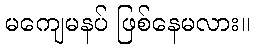
မကျေမနပ် ဖြစ်နေမလား။